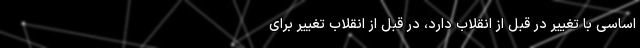
اساسی با تغییر در قبل از انقلاب دارد، در قبل از انقلاب تغییر برای